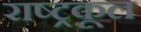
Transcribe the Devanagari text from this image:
राष्ट्रकूल